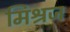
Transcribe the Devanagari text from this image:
मिश्रज